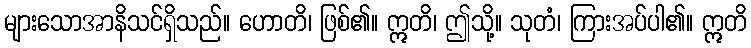
များသောအာနိသင်ရှိသည်။ ဟောတိ၊ ဖြစ်၏။ ဣတိ၊ ဤသို့။ သုတံ၊ ကြားအပ်ပါ၏။ ဣတိ